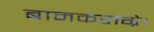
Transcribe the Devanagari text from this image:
बामकराग्रे।